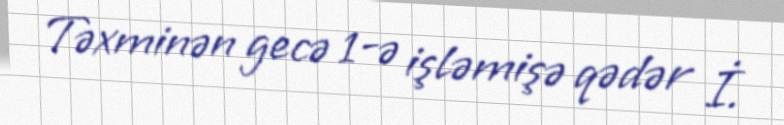
Təxminən gecə 1-ə işləmişə qədər İ.